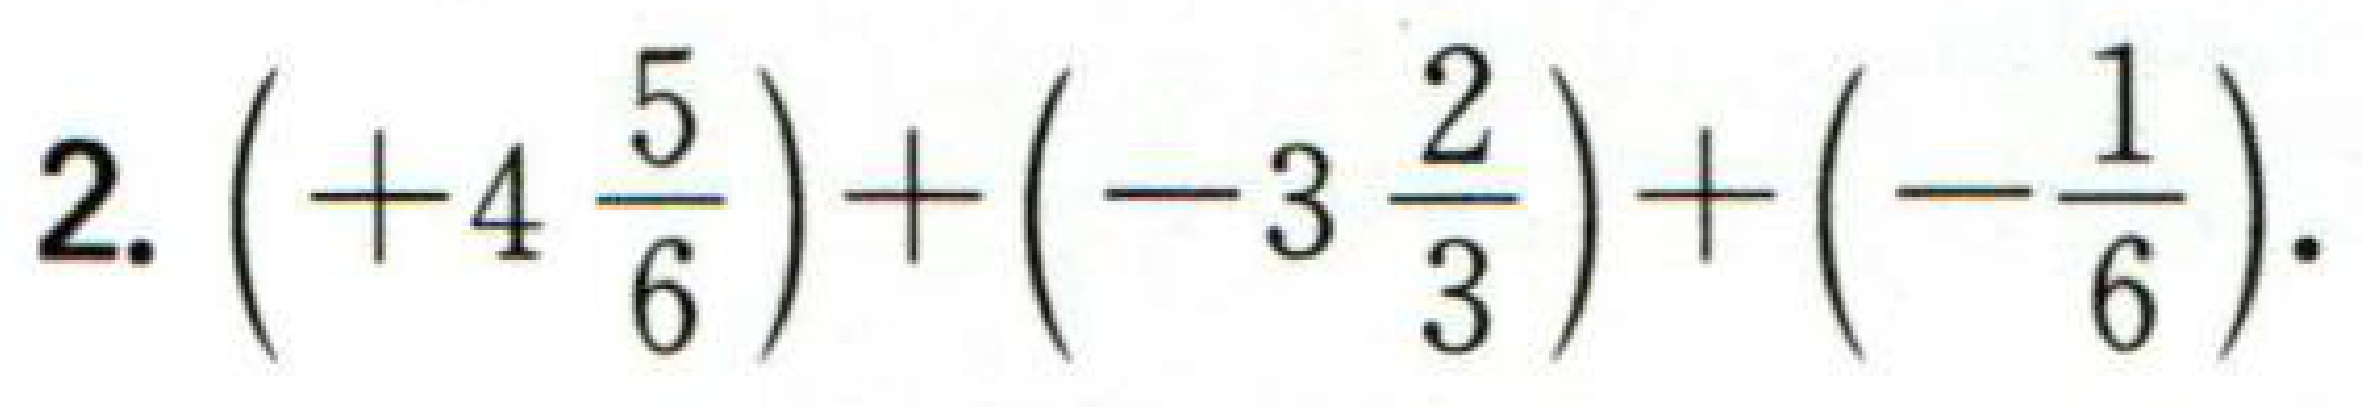
$2.\left( + 4\frac{5}{6}\right)+\left(-3\frac{2}{3}\right)+\left(-\frac{1}{6}\right).$